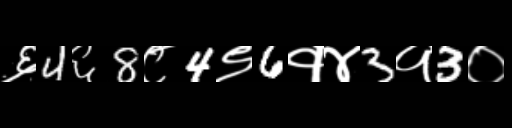
Text: ६4६8८4९6१४3१3०